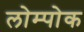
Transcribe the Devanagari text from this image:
लोम्पोक